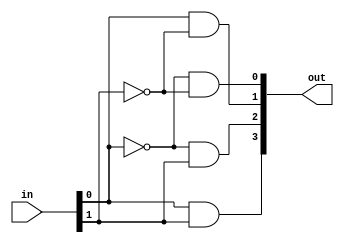
`timescale 1ns / 1ps

module Decode24(out, in);
input [1:0] in;
output [3:0] out;

wire notA, notB;

not n0(notA, in[0]);
not n1(notB, in[1]);


and a0(out[0], notA, notB);
and a1(out[1], in[0], notB);
and a2(out[2], notA, in[1]);
and a3(out[3], in[0], in[1]);

endmodule